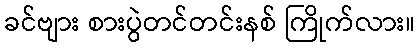
ခင်ဗျား စားပွဲတင်တင်းနစ် ကြိုက်လား။